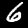
Digit: 6